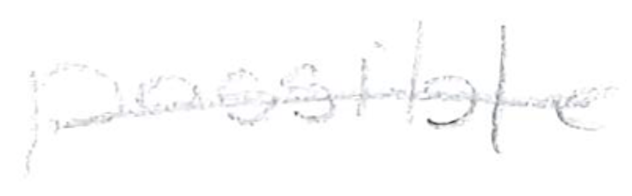
Text: possible
Cross-out: single-line
Writing tool: pencil